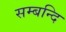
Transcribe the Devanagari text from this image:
सम्बन्दि